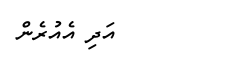
އަދި އެއުރެން